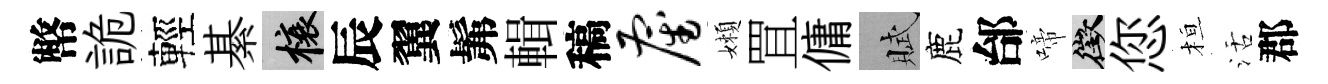
幣詭輕綦榱辰翼髴輯稿雇嬾罝傭賦鹿邰啼徵您桓活郡